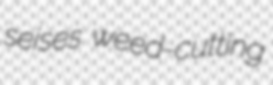
seises weed-cutting